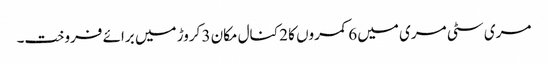
مری سٹی مری میں 6 کمروں کا 2 کنال مکان 3 کروڑ میں برائے فروخت۔